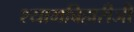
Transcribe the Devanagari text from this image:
श्यामबिहारीजी